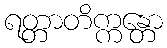
ရတ္တာတိက္ကန္တော